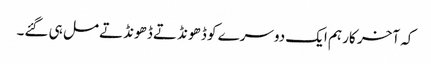
کہ آخر کار ہم ایک دوسرے کو ڈ ھونڈتے ڈھونڈتے مل ہی گئے۔